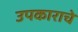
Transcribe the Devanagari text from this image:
उपकाराचे